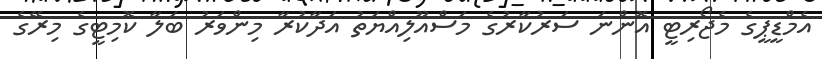
އެމްޑީޕީގެ މެޖޯރިޓީ އޮންނަ ސަރުކާރުގެ މަސްއޫލިއްޔަތު އަދާކުރާ މިންވަރު ބަލާ ކޮމިޓީގެ މިރޭގެ